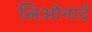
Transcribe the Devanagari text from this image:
लिओनार्द